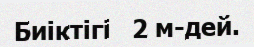
Биіктігі   2 м-дей.